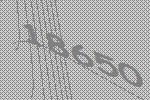
18650